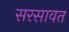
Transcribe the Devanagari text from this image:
सरसावत